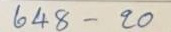
648 - 20